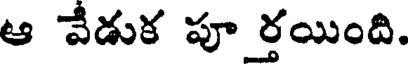
ఆ వేడుక పూ ర్తయింది.